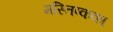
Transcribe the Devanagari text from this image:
मस्तिष्कका